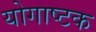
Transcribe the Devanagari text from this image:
योगाष्टक